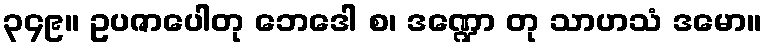
၃၄၉။ ဥပဇာပေါတု ဘေဒေါ စ၊ ဒဏ္ဍော တု သာဟသံ ဒမော။